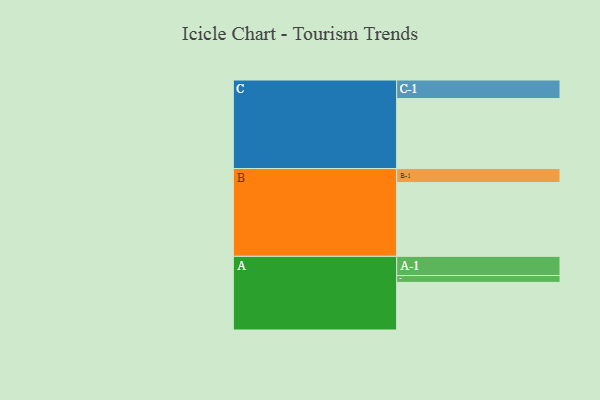
{"axis": {"x": "Segment", "y": "Value"}, "legend": ["", "A", "B", "C"], "data": [{"x": "A", "y": 377, "type": ""}, {"x": "B", "y": 585, "type": ""}, {"x": "C", "y": 554, "type": ""}, {"x": "A-1", "y": 152, "type": "A"}, {"x": "A-2", "y": 54, "type": "A"}, {"x": "B-1", "y": 110, "type": "B"}, {"x": "C-1", "y": 147, "type": "C"}]}